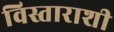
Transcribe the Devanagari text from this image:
विस्ताराशी